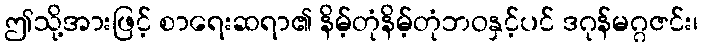
ဤသို့အားဖြင့် စာရေးဆရာ၏ နိမ့်တုံနိမ့်တုံဘဝနှင့်ပင် ဒဂုန်မဂ္ဂဇင်း၊